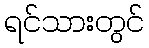
ရင်သားတွင်